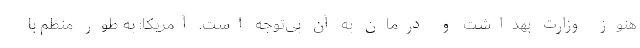
هنوز وزارت بهداشت و درمان به آن بی‌توجه است. آمریکا: به طور منظم با